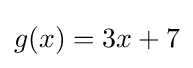
g(x)=3x+7